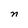
Character: n